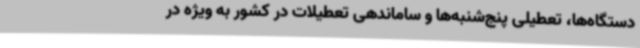
دستگاه‌ها، تعطیلی پنج‌شنبه‌ها و ساماندهی تعطیلات در کشور به ویژه در